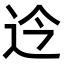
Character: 𫐡